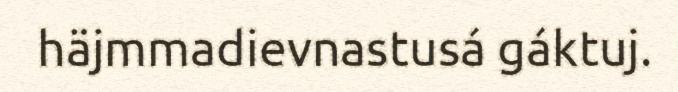
häjmmadievnastusá gáktuj.